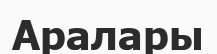
Аралары